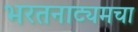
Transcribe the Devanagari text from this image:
भरतनाट्यमचा